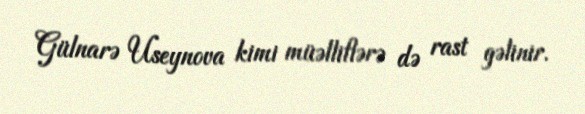
Gülnarə Useynova kimi müəlliflərə də rast gəlinir.